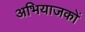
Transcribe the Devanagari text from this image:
अभियाजकों